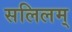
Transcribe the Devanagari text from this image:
सलिलम्